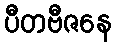
ပီတဗီဇနေ